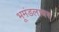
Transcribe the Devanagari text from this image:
भूमंडलावर